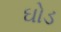
ઘોડ